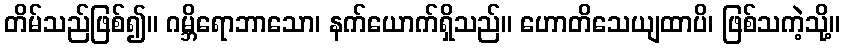
တိမ်သည်ဖြစ်၍။ ဂမ္ဘိရောဘာသော၊ နက်ယောက်ရှိသည်။ ဟောတိသေယျထာပိ၊ ဖြစ်သကဲ့သို့။